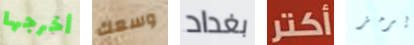
أخرجها وسعك بغداد أكتر يرمز